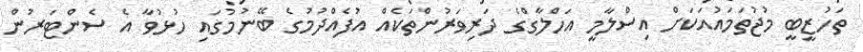
ތަހުޒީބީ މުޖުތަމައުއަކަށް އިސްލާމީ އަހްލާގްގެ ދަރިވަރުންތަކެއް އުފެއްދުމުގެ ބޭނުމުގައި ހުޅުވާ އެ ސެންޓަރުން